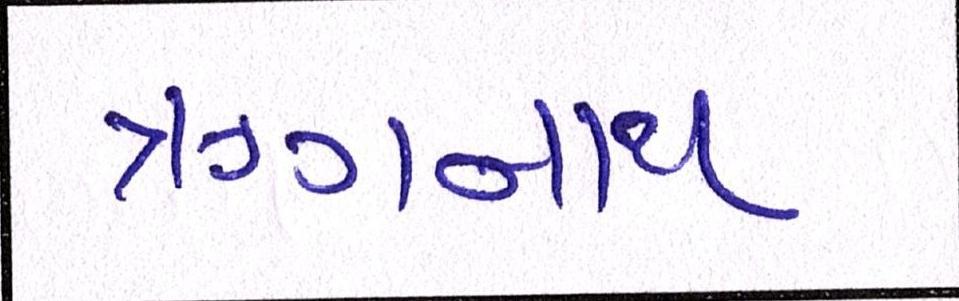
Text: ઋગનાથ